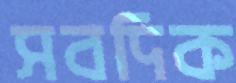
সবদিক